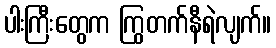
ပါးကြီးတွေက ကြွတက်နီရဲလျက်။